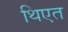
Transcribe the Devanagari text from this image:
थिएत